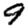
Digit: 9